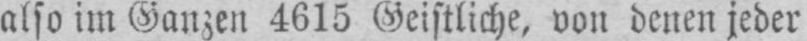
also im Ganzen 4615 Geistliche, von denen jeder